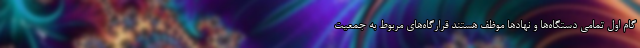
گام اول تمامی دستگاه‌ها و نهادها موظف هستند قرارگاه‌های مربوط به جمعیت